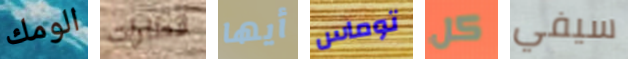
الومك قطارات أيها توماس كل سيفي